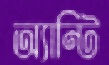
অ্যান্টি